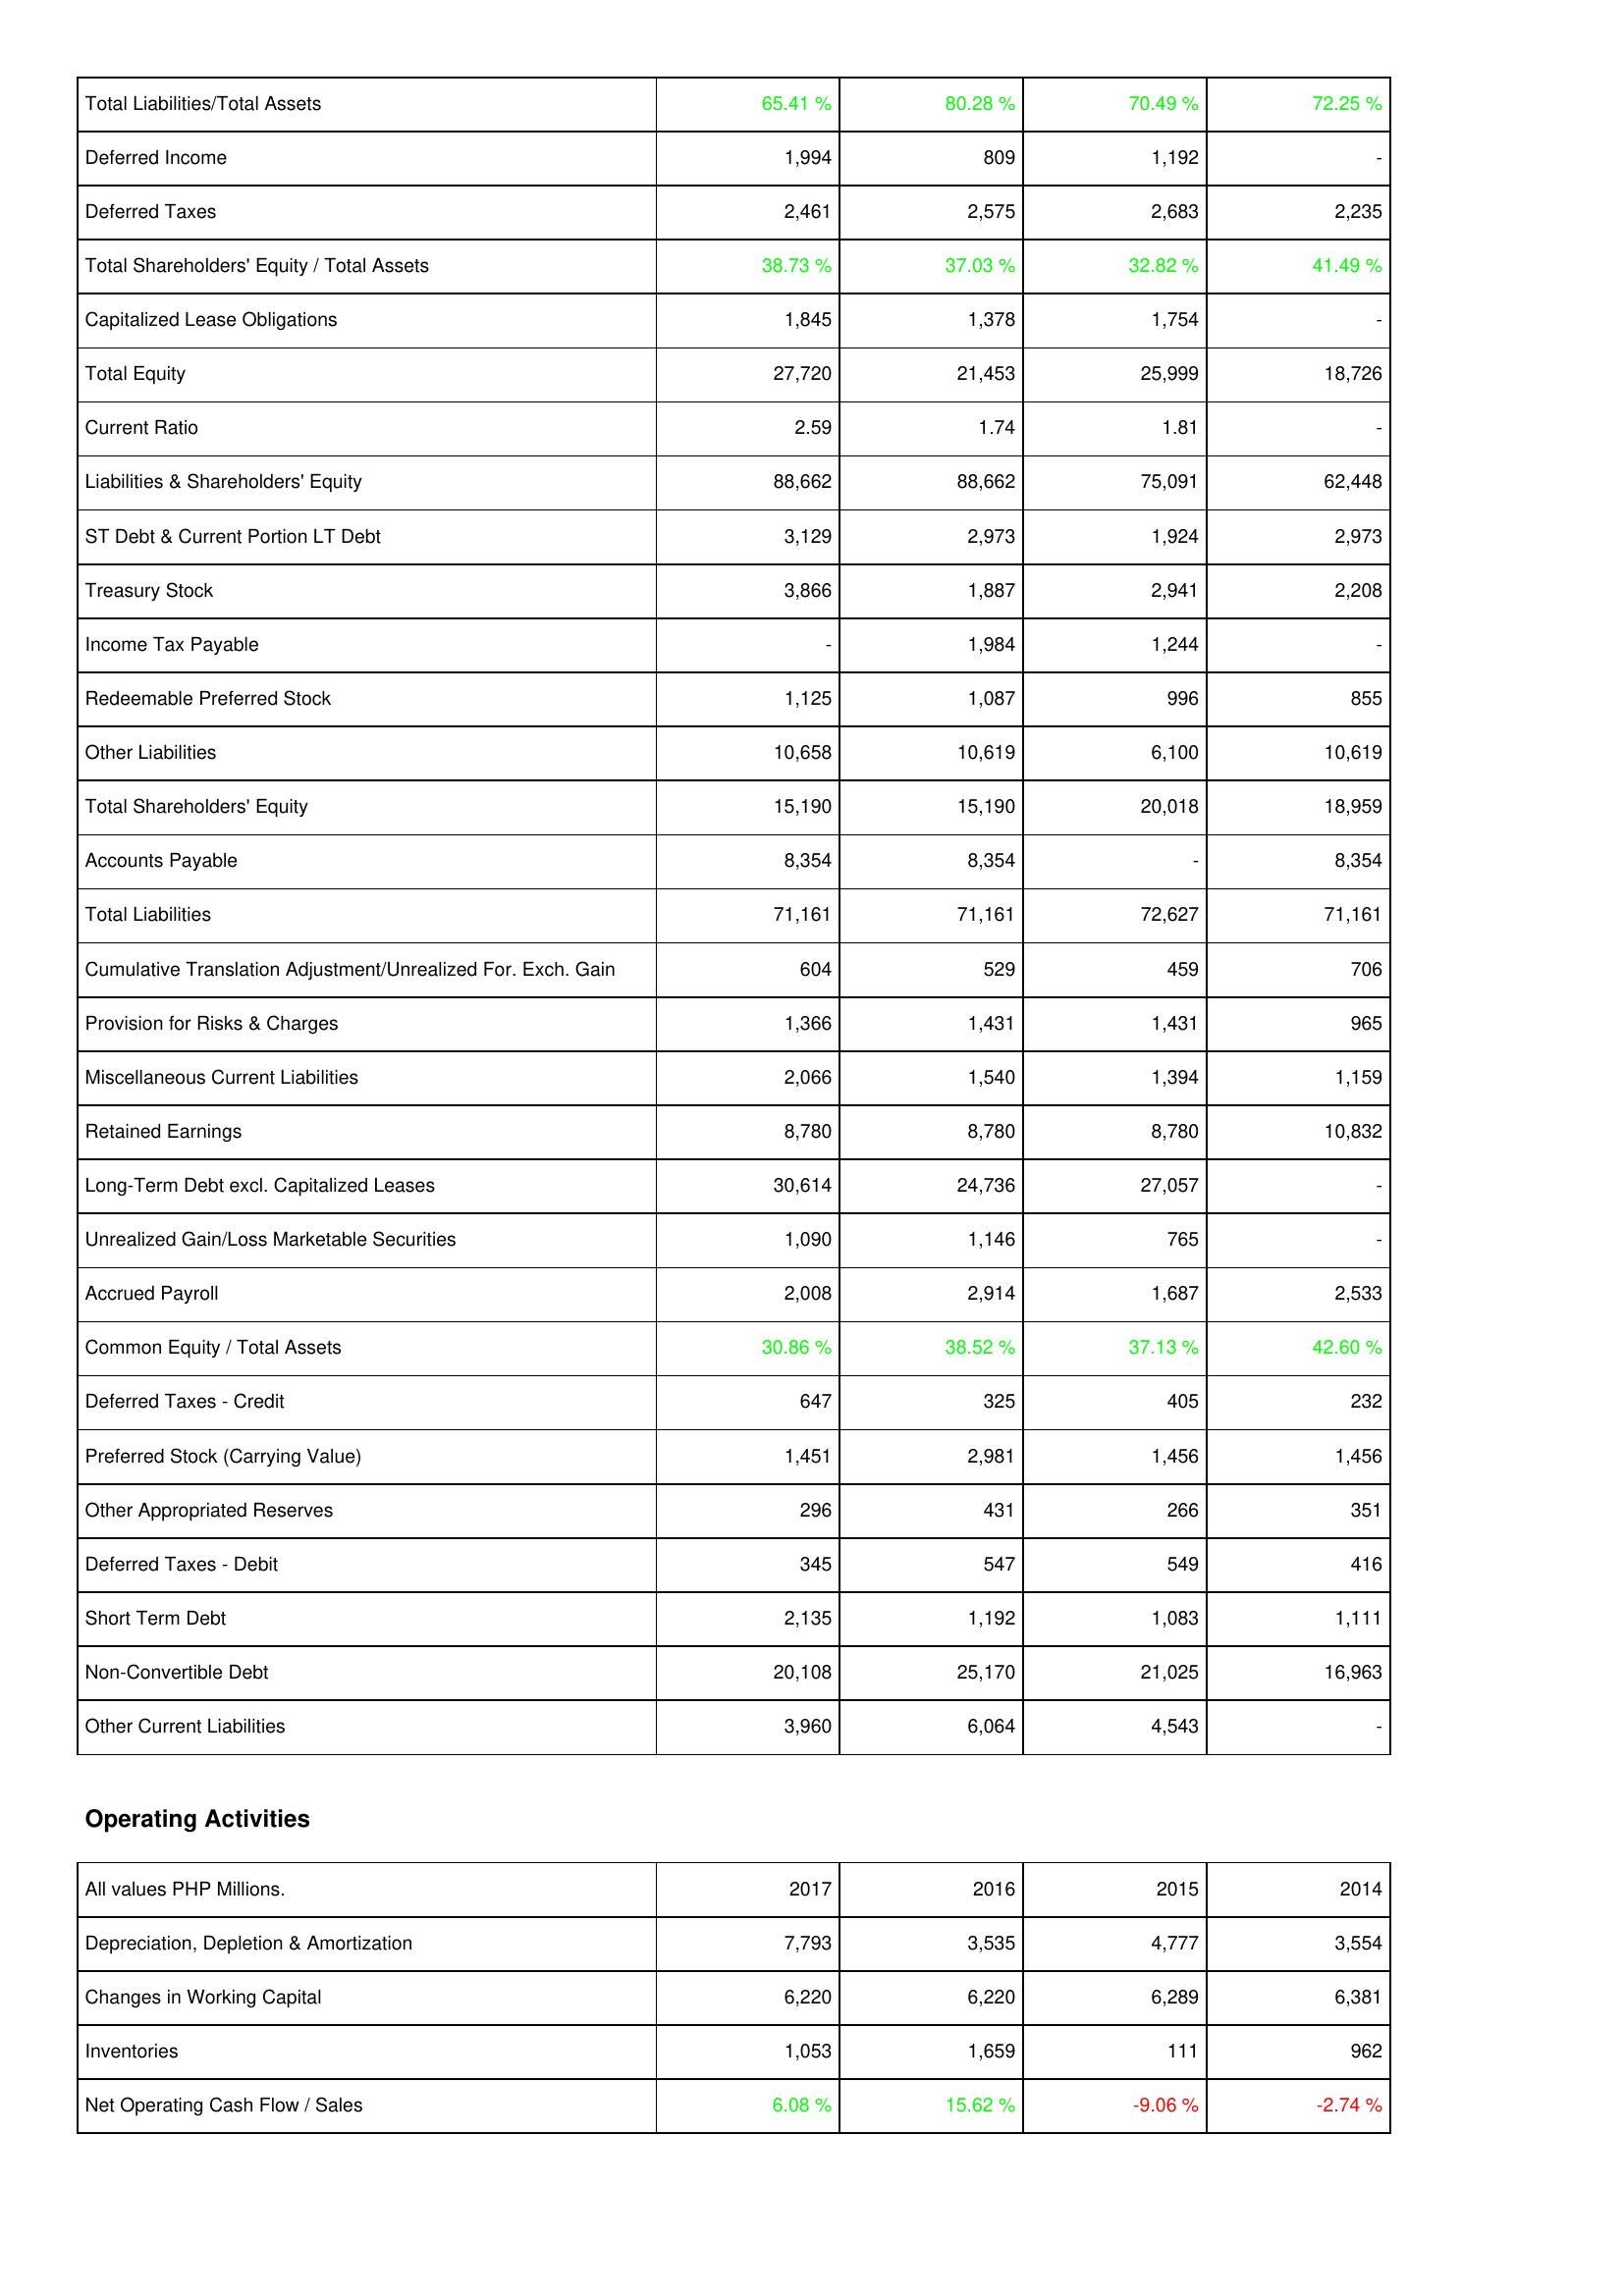
2017: Liabilities & Shareholders' Equity: Total Liabilities/Total Assets: 65.41 %
Deferred Income: 1,994
Deferred Taxes: 2,461
Total Shareholders' Equity / Total Assets: 38.73 %
Capitalized Lease Obligations: 1,845
Total Equity: 27,720
Current Ratio: 2.59
Liabilities & Shareholders' Equity: 88,662
ST Debt & Current Portion LT Debt: 3,129
Treasury Stock: 3,866
Income Tax Payable: -
Redeemable Preferred Stock: 1,125
Other Liabilities: 10,658
Total Shareholders' Equity: 15,190
Accounts Payable: 8,354
Total Liabilities: 71,161
Cumulative Translation Adjustment/Unrealized For. Exch. Gain: 604
Provision for Risks & Charges: 1,366
Miscellaneous Current Liabilities: 2,066
Retained Earnings: 8,780
Long-Term Debt excl. Capitalized Leases: 30,614
Unrealized Gain/Loss Marketable Securities: 1,090
Accrued Payroll: 2,008
Common Equity / Total Assets: 30.86 %
Deferred Taxes - Credit: 647
Preferred Stock (Carrying Value): 1,451
Other Appropriated Reserves: 296
Deferred Taxes - Debit: 345
Short Term Debt: 2,135
Non-Convertible Debt: 20,108
Other Current Liabilities: 3,960
Operating Activities: Depreciation, Depletion & Amortization: 7,793
Changes in Working Capital: 6,220
Inventories: 1,053
Net Operating Cash Flow / Sales: 6.08 %
2016: Liabilities & Shareholders' Equity: Total Liabilities/Total Assets: 80.28 %
Deferred Income: 809
Deferred Taxes: 2,575
Total Shareholders' Equity / Total Assets: 37.03 %
Capitalized Lease Obligations: 1,378
Total Equity: 21,453
Current Ratio: 1.74
Liabilities & Shareholders' Equity: 88,662
ST Debt & Current Portion LT Debt: 2,973
Treasury Stock: 1,887
Income Tax Payable: 1,984
Redeemable Preferred Stock: 1,087
Other Liabilities: 10,619
Total Shareholders' Equity: 15,190
Accounts Payable: 8,354
Total Liabilities: 71,161
Cumulative Translation Adjustment/Unrealized For. Exch. Gain: 529
Provision for Risks & Charges: 1,431
Miscellaneous Current Liabilities: 1,540
Retained Earnings: 8,780
Long-Term Debt excl. Capitalized Leases: 24,736
Unrealized Gain/Loss Marketable Securities: 1,146
Accrued Payroll: 2,914
Common Equity / Total Assets: 38.52 %
Deferred Taxes - Credit: 325
Preferred Stock (Carrying Value): 2,981
Other Appropriated Reserves: 431
Deferred Taxes - Debit: 547
Short Term Debt: 1,192
Non-Convertible Debt: 25,170
Other Current Liabilities: 6,064
Operating Activities: Depreciation, Depletion & Amortization: 3,535
Changes in Working Capital: 6,220
Inventories: 1,659
Net Operating Cash Flow / Sales: 15.62 %
2015: Liabilities & Shareholders' Equity: Total Liabilities/Total Assets: 70.49 %
Deferred Income: 1,192
Deferred Taxes: 2,683
Total Shareholders' Equity / Total Assets: 32.82 %
Capitalized Lease Obligations: 1,754
Total Equity: 25,999
Current Ratio: 1.81
Liabilities & Shareholders' Equity: 75,091
ST Debt & Current Portion LT Debt: 1,924
Treasury Stock: 2,941
Income Tax Payable: 1,244
Redeemable Preferred Stock: 996
Other Liabilities: 6,100
Total Shareholders' Equity: 20,018
Accounts Payable: -
Total Liabilities: 72,627
Cumulative Translation Adjustment/Unrealized For. Exch. Gain: 459
Provision for Risks & Charges: 1,431
Miscellaneous Current Liabilities: 1,394
Retained Earnings: 8,780
Long-Term Debt excl. Capitalized Leases: 27,057
Unrealized Gain/Loss Marketable Securities: 765
Accrued Payroll: 1,687
Common Equity / Total Assets: 37.13 %
Deferred Taxes - Credit: 405
Preferred Stock (Carrying Value): 1,456
Other Appropriated Reserves: 266
Deferred Taxes - Debit: 549
Short Term Debt: 1,083
Non-Convertible Debt: 21,025
Other Current Liabilities: 4,543
Operating Activities: Depreciation, Depletion & Amortization: 4,777
Changes in Working Capital: 6,289
Inventories: 111
Net Operating Cash Flow / Sales: -9.06 %
2014: Liabilities & Shareholders' Equity: Total Liabilities/Total Assets: 72.25 %
Deferred Income: -
Deferred Taxes: 2,235
Total Shareholders' Equity / Total Assets: 41.49 %
Capitalized Lease Obligations: -
Total Equity: 18,726
Current Ratio: -
Liabilities & Shareholders' Equity: 62,448
ST Debt & Current Portion LT Debt: 2,973
Treasury Stock: 2,208
Income Tax Payable: -
Redeemable Preferred Stock: 855
Other Liabilities: 10,619
Total Shareholders' Equity: 18,959
Accounts Payable: 8,354
Total Liabilities: 71,161
Cumulative Translation Adjustment/Unrealized For. Exch. Gain: 706
Provision for Risks & Charges: 965
Miscellaneous Current Liabilities: 1,159
Retained Earnings: 10,832
Long-Term Debt excl. Capitalized Leases: -
Unrealized Gain/Loss Marketable Securities: -
Accrued Payroll: 2,533
Common Equity / Total Assets: 42.60 %
Deferred Taxes - Credit: 232
Preferred Stock (Carrying Value): 1,456
Other Appropriated Reserves: 351
Deferred Taxes - Debit: 416
Short Term Debt: 1,111
Non-Convertible Debt: 16,963
Other Current Liabilities: -
Operating Activities: Depreciation, Depletion & Amortization: 3,554
Changes in Working Capital: 6,381
Inventories: 962
Net Operating Cash Flow / Sales: -2.74 %